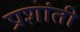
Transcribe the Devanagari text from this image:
प्रशांती